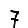
Digit: 7